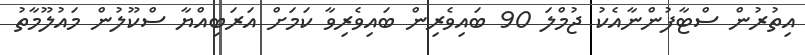
އިތުރުން ސްޓާފުންނާއެކު ޖުމްލަ 90 ބައިވެރިން ބައިވެރިވާ ކަމަށް އަރަބިއްޔާ ސްކޫލުން މައުލޫމާތު